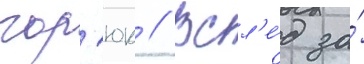
гор'юк // Всл'е́д за́